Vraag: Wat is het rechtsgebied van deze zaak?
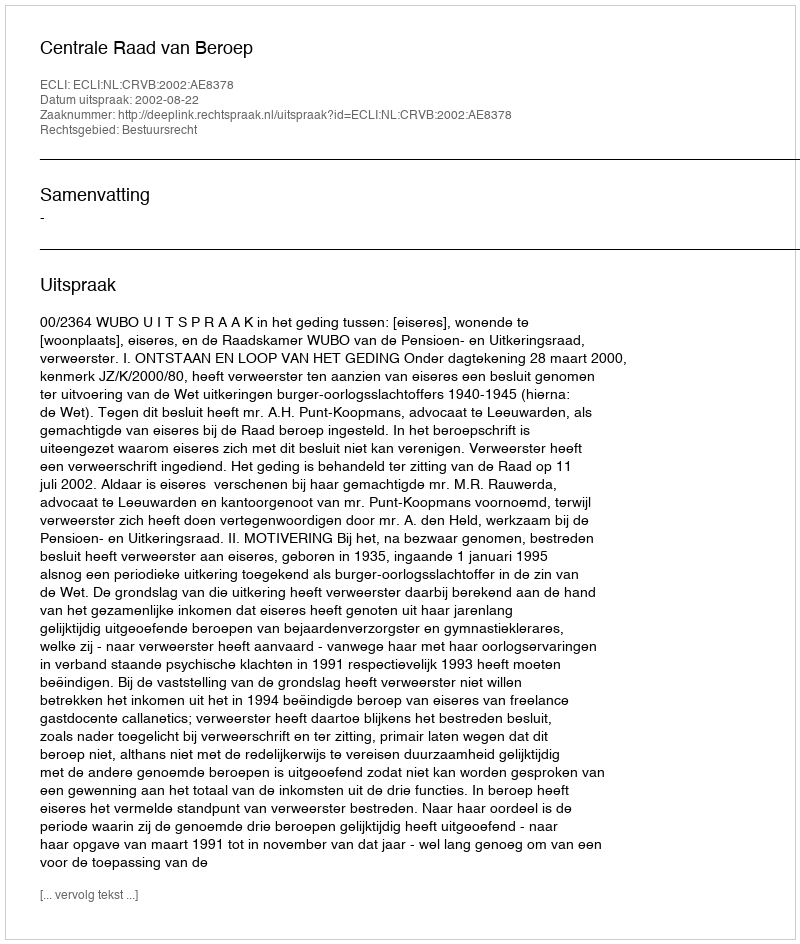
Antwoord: Bestuursrecht